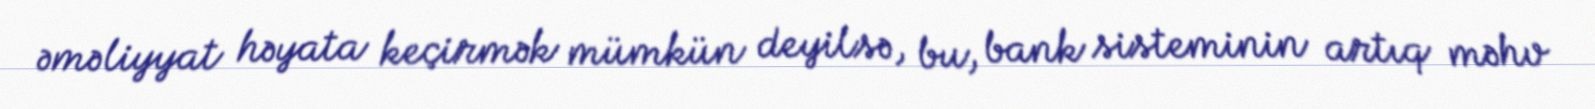
əməliyyat həyata keçirmək mümkün deyilsə, bu, bank sisteminin artıq məhv